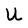
Character: U